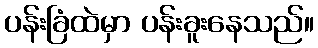
ပန်းခြံထဲမှာ ပန်းခူးနေသည်။